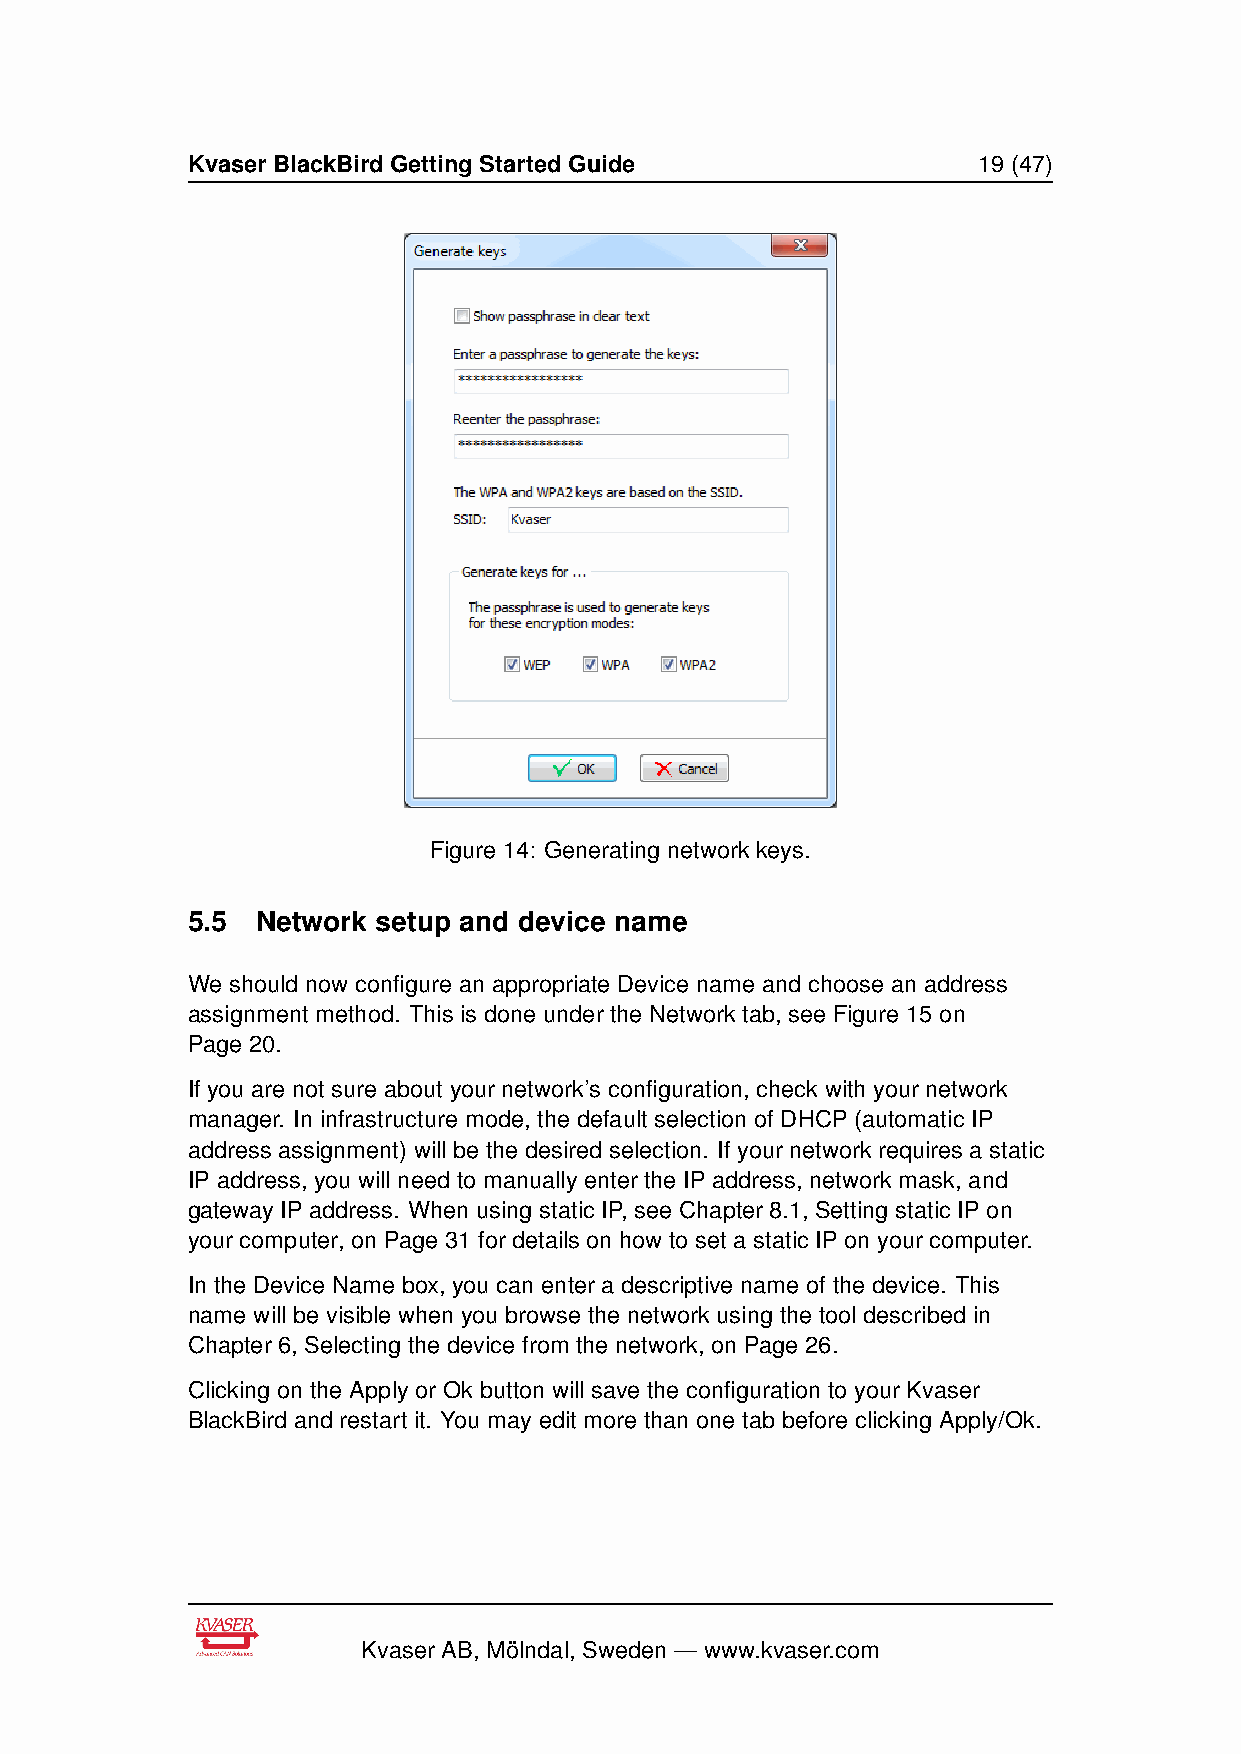
Kvaser BlackBird Getting Started Guide               19 (47)
 Figure 14: Generating network keys.
 5.5  Network setup and device name
 We should now configure an appropriate Device name and choose an address
 assignment method. This is done under the Network tab, see Figure 15 on
 Page 20.
 If you are not sure about your network’s configuration, check with your network
 manager. In infrastructure mode, the default selection of DHCP (automatic IP
 address assignment) will be the desired selection. If your network requires a static
 IP address, you will need to manually enter the IP address, network mask, and
 gateway IP address. When using static IP, see Chapter 8.1, Setting static IP on
 your computer, on Page 31 for details on how to set a static IP on your computer.
 In the Device Name box, you can enter a descriptive name of the device. This
 name will be visible when you browse the network using the tool described in
 Chapter 6, Selecting the device from the network, on Page 26.
 Clicking on the Apply or Ok button will save the configuration to your Kvaser
 BlackBird and restart it. You may edit more than one tab before clicking Apply/Ok.
 Kvaser AB, Mölndal, Sweden — www.kvaser.com